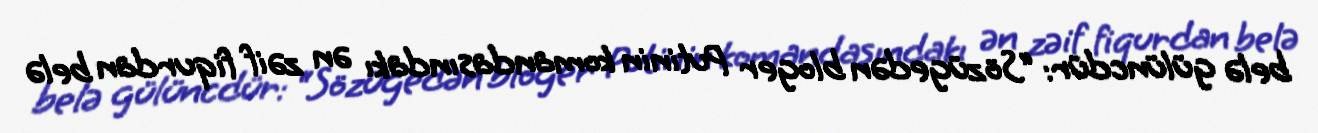
belə gülüncdür: “Sözügedən bloger Putinin komandasındakı ən zəif fiqurdan belə